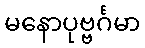
မနောပုဗ္ဗင်္ဂမာ